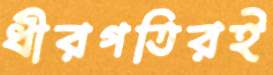
ধীরগতিরই